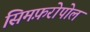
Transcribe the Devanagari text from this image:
सिमफ़रोपोल